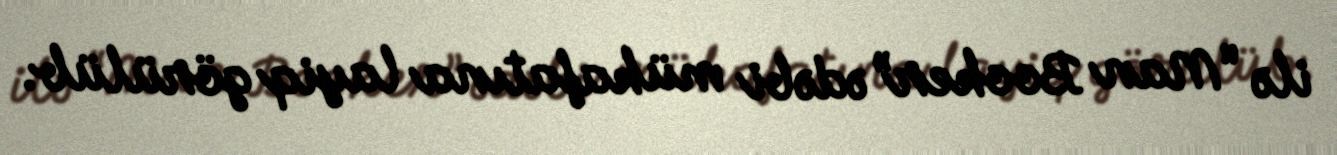
ilə “Man Booker” ədəbi mükafatına layiq görülüb.